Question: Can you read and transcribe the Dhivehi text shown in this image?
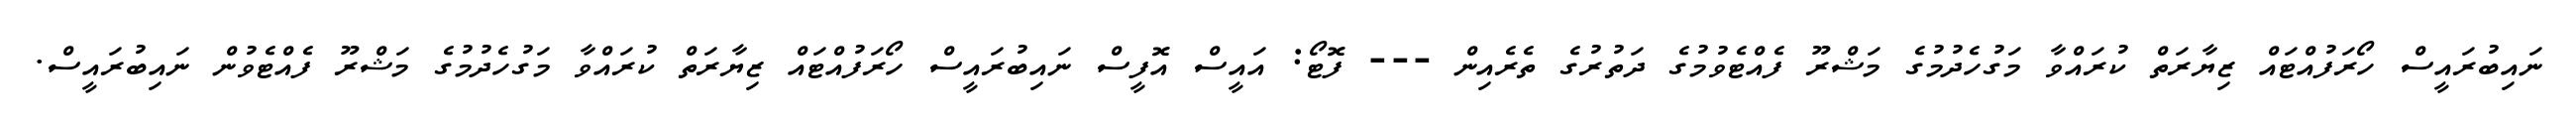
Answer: ނައިބުރައީސް ހޯރަފުއްޓައް ޒިޔާރަތް ކުރައްވާ މަގުހެދުމުގެ މަޝްރޫ ފެއްޓެވުމުގެ ދަތުރުގެ ތެރެއިން --- ފޮޓޯ: އައީސް އޮފީސް ނައިބުރައީސް ހޯރަފުއްޓައް ޒިޔާރަތް ކުރައްވާ މަގުހެދުމުގެ މަޝްރޫ ފެއްޓެވުން ނައިބުރައީސް.